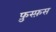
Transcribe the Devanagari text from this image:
फ़ुस्फ़स